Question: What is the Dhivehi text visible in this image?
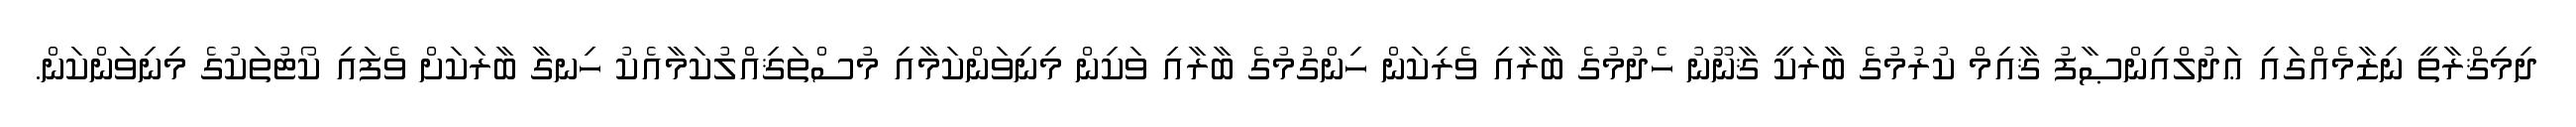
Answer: ދިމިޤްރާތީ ނިޒާމެއްގައި ޢަދުލްއިންޞާފު ޤާއިމް ކުރުމުގެ ބާރަކީ ޤާނޫނު ހެދުމުގެ ބާރާއި ވެރިކަން ހިންގުމުގެ ބާރާއި ވަކިން މިނިވަންކަމާއި މުސްތަޤިއްލުކަމާއެކު ހިނގާ ބާރަކަށް ވެފައި ކޯޓުތަކުގެ މިނިވަންކަން.